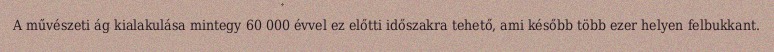
A művészeti ág kialakulása mintegy 60 000 évvel ez előtti időszakra tehető, ami később több ezer helyen felbukkant.